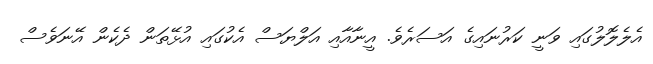
އެލެލޮލުގައި ވަނީ ކަރުނައިގެ އަސަރެވެ. އީނާއާއި އަލްޔަސް އެކުގައި އުޅޭތަން ދެކެން އޭނަވެސް